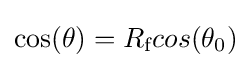
\cos(\theta )=R_{\text{f}}cos(\theta _{0})